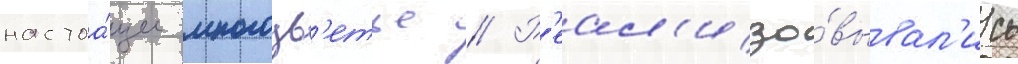
настоа́щее многоцв'етье // Р'еал'изо́вывал'ись